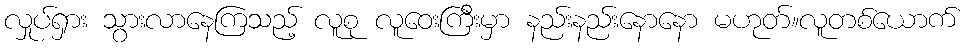
လှုပ်ရှား သွားလာနေကြသည့် လူစု လူဝေးကြီးမှာ နည်းနည်းနောနော မဟုတ်။လူတစ်ယောက်